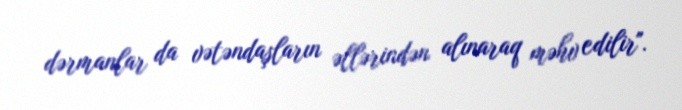
dərmanlar da vətəndaşların əllərindən alınaraq məhv edilir".